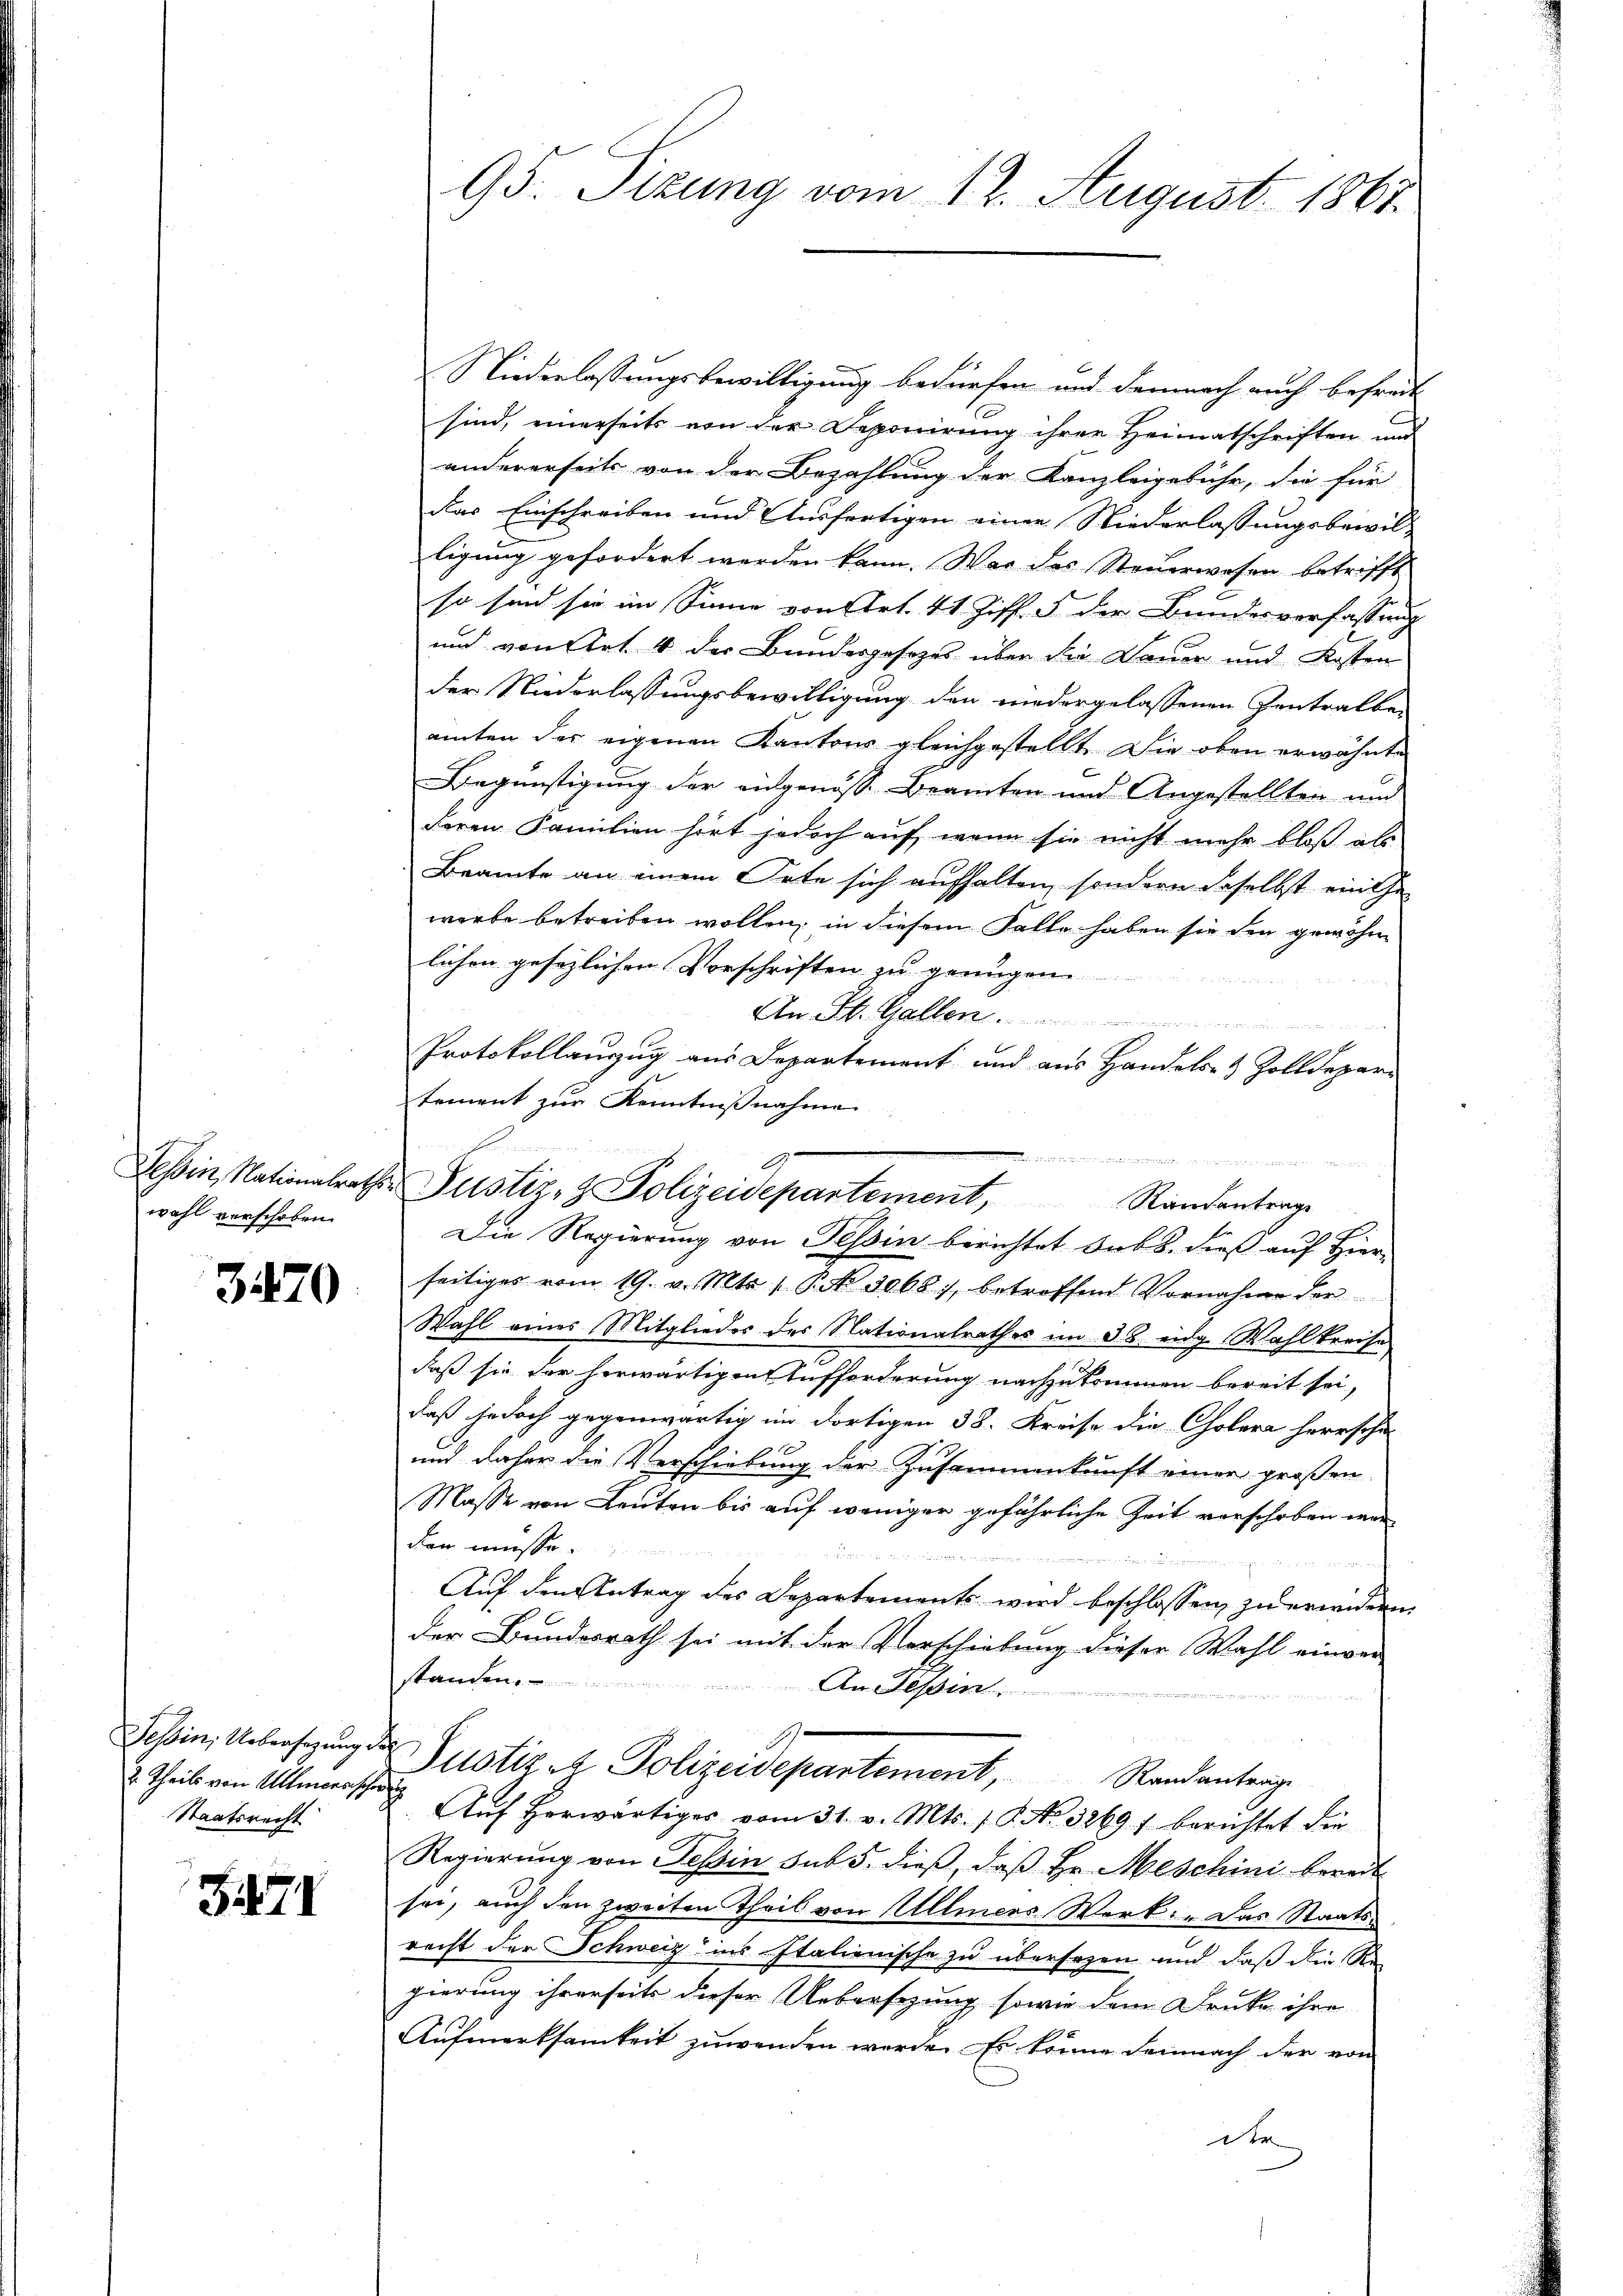
wahl verschoben.

3420

Tessin, Uebersagung
2. Theils von Allmerasche
Staatsrecht

3471

95. Sizung vom 12. August 1867.

Niederlassungsbewilligung bedürfen und demnach auch befreit
sind, einerseits von der Deponirung ihrer Heimatschriften und
andererseits von der Bezahlung der Kanzleigebühr, die für
das Einschreiben und Ausfertigen einer Niederlassungsbewil-
ligung gefordert werden kann. War des Steuerwesen betrifft
so sind sie im Sinne von Art. 41 Ziff. 5 der Bundesverfassung
und von Art. 4 der Bundesgesetzes über die Dauer und Kosten
der Niederlassungsbewilligung den niedergelassenen Zentralben
amten der eigenen Kantons gleichgestellt. Die oben erwähnte
Begünstigung der eidgenosse Beamten und Angestellten und
deren Familien hört jedoch auf, wenn sie nicht mehr bloß als
Beamte an einem Orte sich aufhalten, sondern daselbst einthe
werbe betreiben wollen, in diesem Falle haben sie den gewöhn
lichen gesezlichen Vorschriften zu genügen.
An St. Gallen
Protokollanzug aus Departement und aus Handels- & Zolldepar
tement zur Kenntnißnahme
Die Regierung von Tessin berichtet Sub. dieß auf Hier-
seitiges vom 19. v. Mts. s. Bd. 3068, betreffend Vornahme der
Wahl eines Mitgliedes des Nationalrathes im 3. 8. eidg. Wahlkreise
daß sie der herwärtigen Aufforderung nachzukommen bereit sei,
daß jedoch gegenwärtig im dortigen 38. Kreise die Cholera herrsche
und daher die Verschiebung der Zusammenkunft einer großen
Masse von Leuten bis auf weniger gefährliche Zeit verschoben war
den müsse.

Auf den Antrag des Departements wird beschlossen, zu erneiden
der Bundesrath sei mit der Verschiebung dieser Wahl einver-
standen.............

An Tessin
u Justiz- & Polizeidepartement, Randantrage
 Aŭf herwärtiges vom 31. v. Mts. 1 S. No. 3269) berichtet die
Regierung von Tessin sub 5. dieß, daß Hr. Meschini bereit
sei, auch den zweiten Theil von Ullmers Werk: „Das Staats-
recht der Schweiz ins Italienische zu übersezen und daß die Re-
gierung ihrerseits dieser Uebersezung sowie dem Druke ihre
Aufmerksamkeit zuwenden werde. Es könne demnach der von
Der

der Kommann
G
Tessin, Nationalraths-Pustiz- & Polizeidepartement, Randantrage